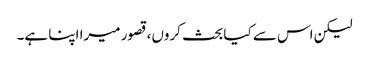
لیکن اس سے کیا بحث کروں، قصور میرا اپنا ہے۔